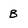
Character: B